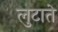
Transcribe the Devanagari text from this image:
लुटाते